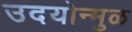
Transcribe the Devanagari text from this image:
उदयोन्मुळ